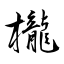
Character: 櫳